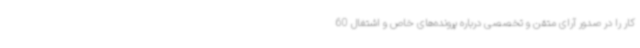
کار را در صدور آرای متقن و تخصصی درباره پرونده‌های خاص و اشتغال 60